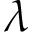
\lambda